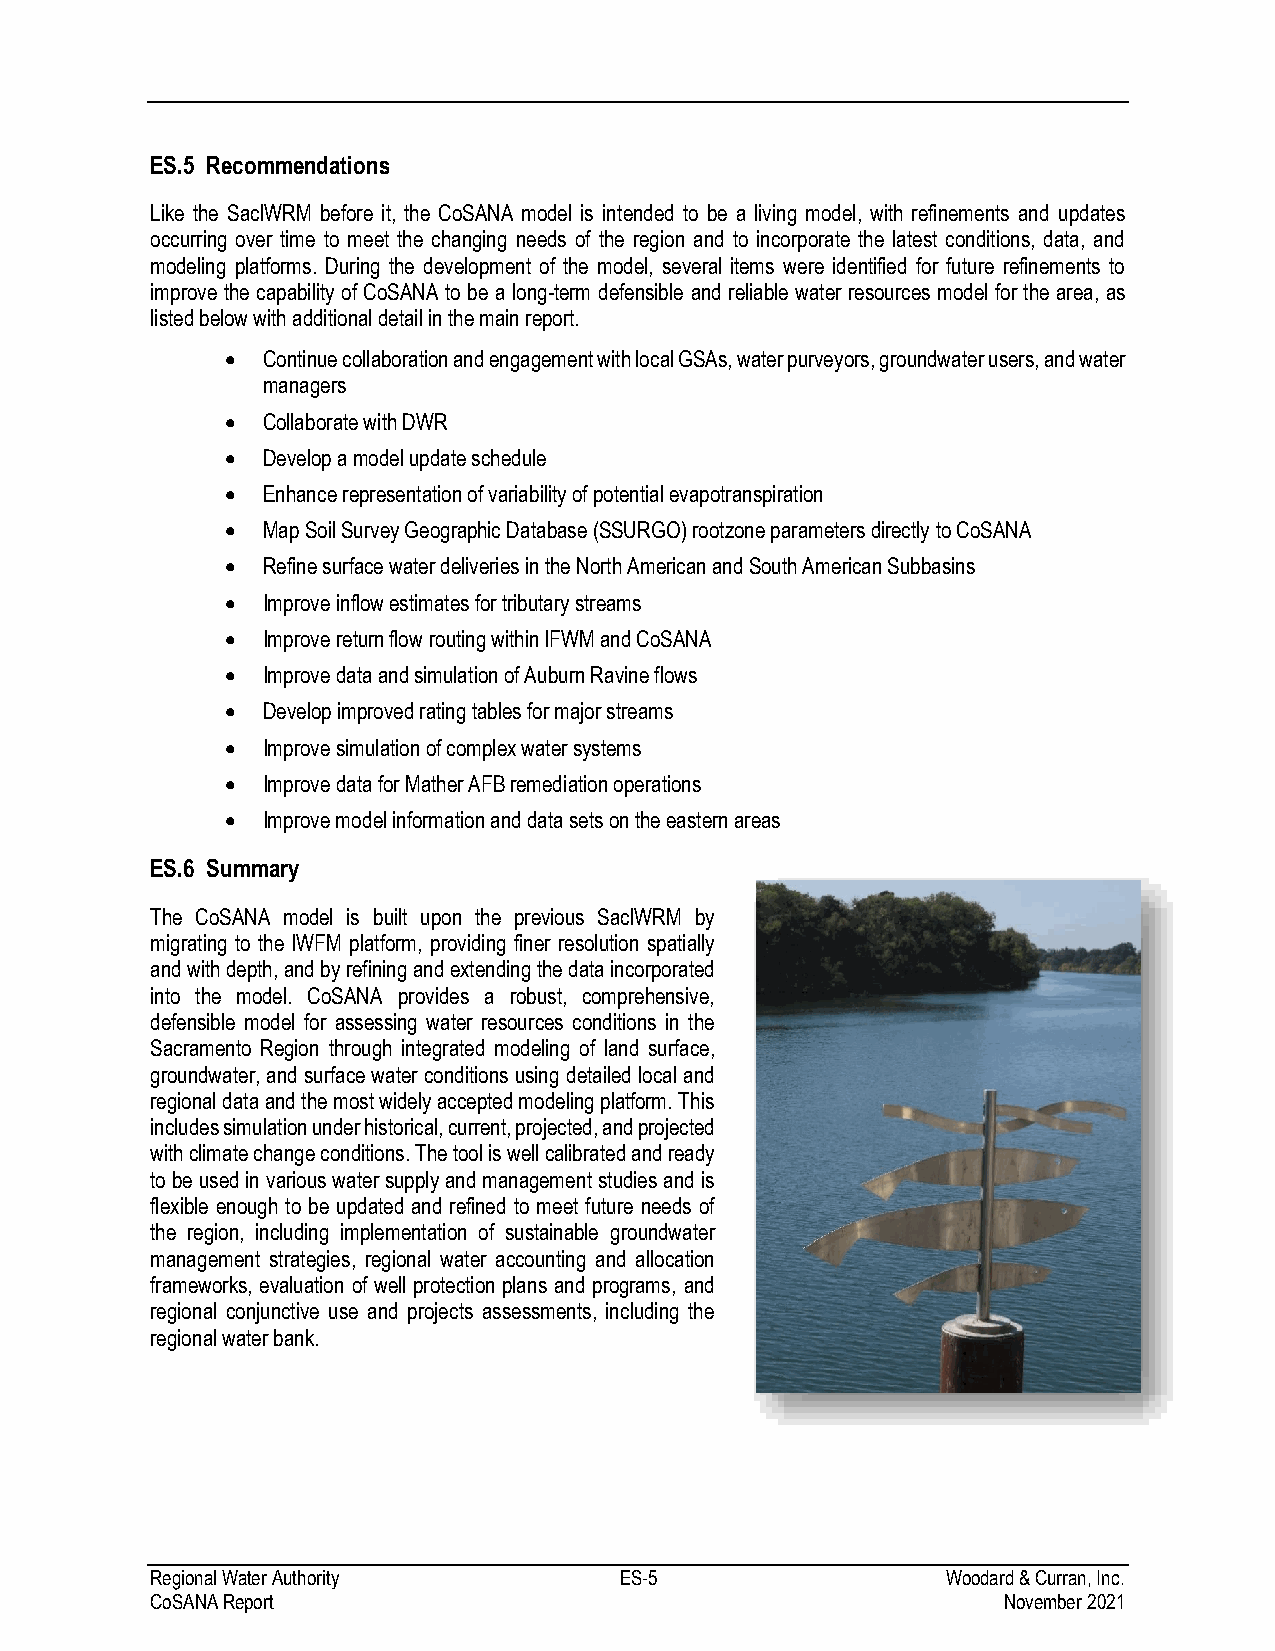
ES.5 Recommendations
 Like the SacIWRM before it, the CoSANA model is intended to be a living model, with refinements and updates
 occurring over time to meet the changing needs of the region and to incorporate the latest conditions, data, and
 modeling platforms. During the development of the model, several items were identified for future refinements to
 improve the capability of CoSANA to be a long-term defensible and reliable water resources model for the area, as
 listed below with additional detail in the main report.
 • Continue collaboration and engagement with local GSAs, water purveyors, groundwater users, and water
 managers
 • Collaborate with DWR
 • Develop a model update schedule
 • Enhance representation of variability of potential evapotranspiration
 • Map Soil Survey Geographic Database (SSURGO) rootzone parameters directly to CoSANA
 • Refine surface water deliveries in the North American and South American Subbasins
 • Improve inflow estimates for tributary streams
 • Improve return flow routing within IFWM and CoSANA
 • Improve data and simulation of Auburn Ravine flows
 • Develop improved rating tables for major streams
 • Improve simulation of complex water systems
 • Improve data for Mather AFB remediation operations
 • Improve model information and data sets on the eastern areas
 ES.6 Summary
 The CoSANA model is built upon the previous SacIWRM by
 migrating to the IWFM platform, providing finer resolution spatially
 and with depth, and by refining and extending the data incorporated
 into the model. CoSANA provides a robust, comprehensive,
 defensible model for assessing water resources conditions in the
 Sacramento Region through integrated modeling of land surface,
 groundwater, and surface water conditions using detailed local and
 regional data and the most widely accepted modeling platform. This
 includes simulation under historical, current, projected, and projected
 with climate change conditions. The tool is well calibrated and ready
 to be used in various water supply and management studies and is
 flexible enough to be updated and refined to meet future needs of
 the region, including implementation of sustainable groundwater
 management strategies, regional water accounting and allocation
 frameworks, evaluation of well protection plans and programs, and
 regional conjunctive use and projects assessments, including the
 regional water bank.
 Regional Water Authority       ES-5                  Woodard & Curran, Inc.
 CoSANA Report                                           November 2021